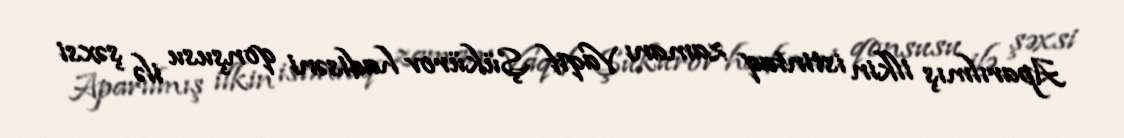
Aparılmış ilkin istintaq zamanı Vaqif Şükürov hadisəni qonşusu ilə şəxsi